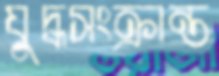
যুদ্ধসংক্রান্ত